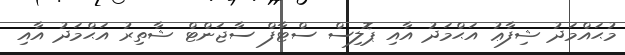
މުޙައްމަދު ޝިފާޢު އަޙްމަދު އާއި ޕޮލިސް ސްޓާފް ސާޖަންޓް ޝާތިރު އަޙްމަދު އާއި